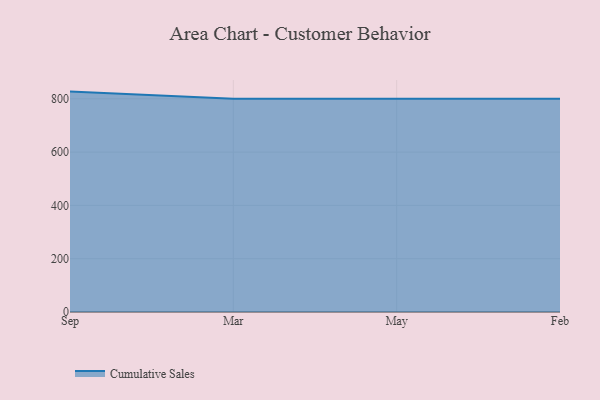
{"axis": {"x": "Month", "y": "Population (Million)"}, "legend": ["Cumulative Sales"], "data": [{"x": "Sep", "y": 827.1, "type": "Cumulative Sales"}, {"x": "Mar", "y": 800, "type": "Cumulative Sales"}, {"x": "May", "y": 800, "type": "Cumulative Sales"}, {"x": "Feb", "y": 800, "type": "Cumulative Sales"}]}